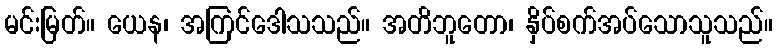
မင်းမြတ်။ ယေန၊ အကြင်ဒေါသသည်။ အတိဘူတော၊ နှိပ်စက်အပ်သောသူသည်။